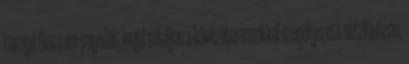
tornyú Giac Lam-pagodát, majd sétáljon a kávézóteraszokkal szegélyezett sétálóutcán,